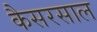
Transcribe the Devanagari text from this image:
कैसरसाल